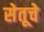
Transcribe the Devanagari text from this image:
सेतूचे